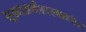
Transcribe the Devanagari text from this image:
सूक्ष्मअर्थशास्त्रावरील